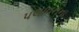
પલાવનના